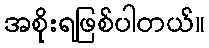
အစိုးရဖြစ်ပါတယ်။